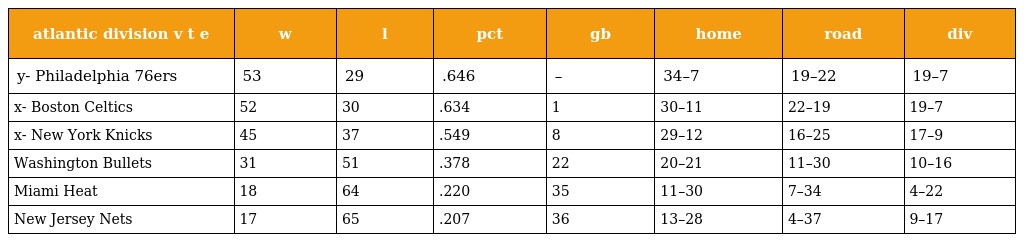
| atlantic division v t e | w | l | pct | gb | home | road | div |
 | --- | --- | --- | --- | --- | --- | --- | --- |
 | y- Philadelphia 76ers | 53 | 29 | .646 | – | 34–7 | 19–22 | 19–7 |
 | x- Boston Celtics | 52 | 30 | .634 | 1 | 30–11 | 22–19 | 19–7 |
 | x- New York Knicks | 45 | 37 | .549 | 8 | 29–12 | 16–25 | 17–9 |
 | Washington Bullets | 31 | 51 | .378 | 22 | 20–21 | 11–30 | 10–16 |
 | Miami Heat | 18 | 64 | .220 | 35 | 11–30 | 7–34 | 4–22 |
 | New Jersey Nets | 17 | 65 | .207 | 36 | 13–28 | 4–37 | 9–17 |